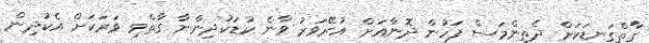
ގާތްގަނޑަކަށް ދެތިންމަސް ފަހުން ދޮނާއަށް އުރޭވަރު ވާނެ ކުޑަކުދިންނާ ގާތްވި ވަރަކަށް އެކުދިން